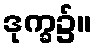
ဒုက္ခ၌။